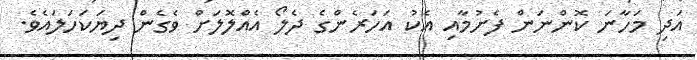
އަދި މަހާނަ ކޮންނަން ފެށުމާއި އެކު އަހަރެންގެ ދެލޯ އެއްލޮލަށް ވެގެން ދިޔަކަހަލައެވެ.